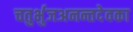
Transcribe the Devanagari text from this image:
चतुर्भुजअनन्तदेवका